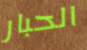
الحبار